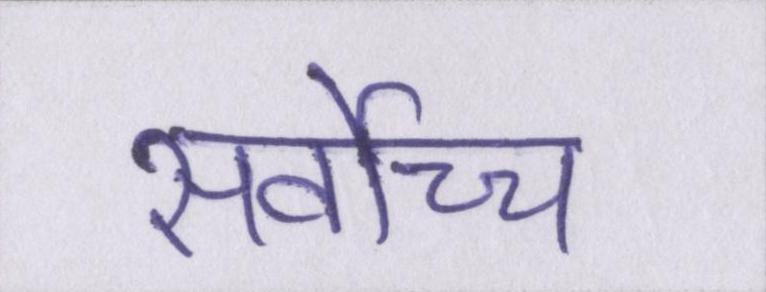
सर्वोच्च